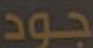
جود